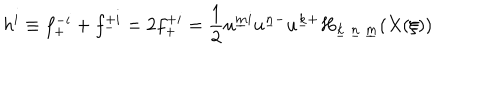
h ^ { i } \equiv f _ { + } ^ { - i } + f _ { - } ^ { + i } = 2 f _ { + } ^ { + i } = { \frac { 1 } { 2 } } u ^ { \underline { { { m } } } i } u ^ { \underline { { { n } } } - } u ^ { \underline { { { k } } } + } H _ { \underline { { { k } } } ~ \underline { { { n } } } ~ \underline { { { m } } } } ( X ( \xi ) )